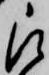
被